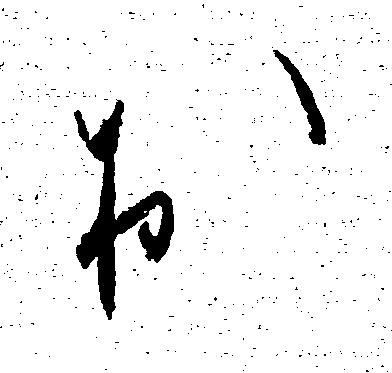
お